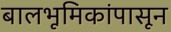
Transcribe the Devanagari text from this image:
बालभूमिकांपासून